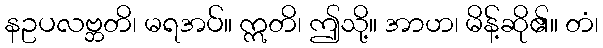
နဥပလဗ္ဘတိ၊ မရအပ်။ ဣတိ၊ ဤသို့။ အာဟ၊ မိန့်ဆို၏။ တံ၊